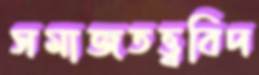
সমাজতত্ত্ববিদ